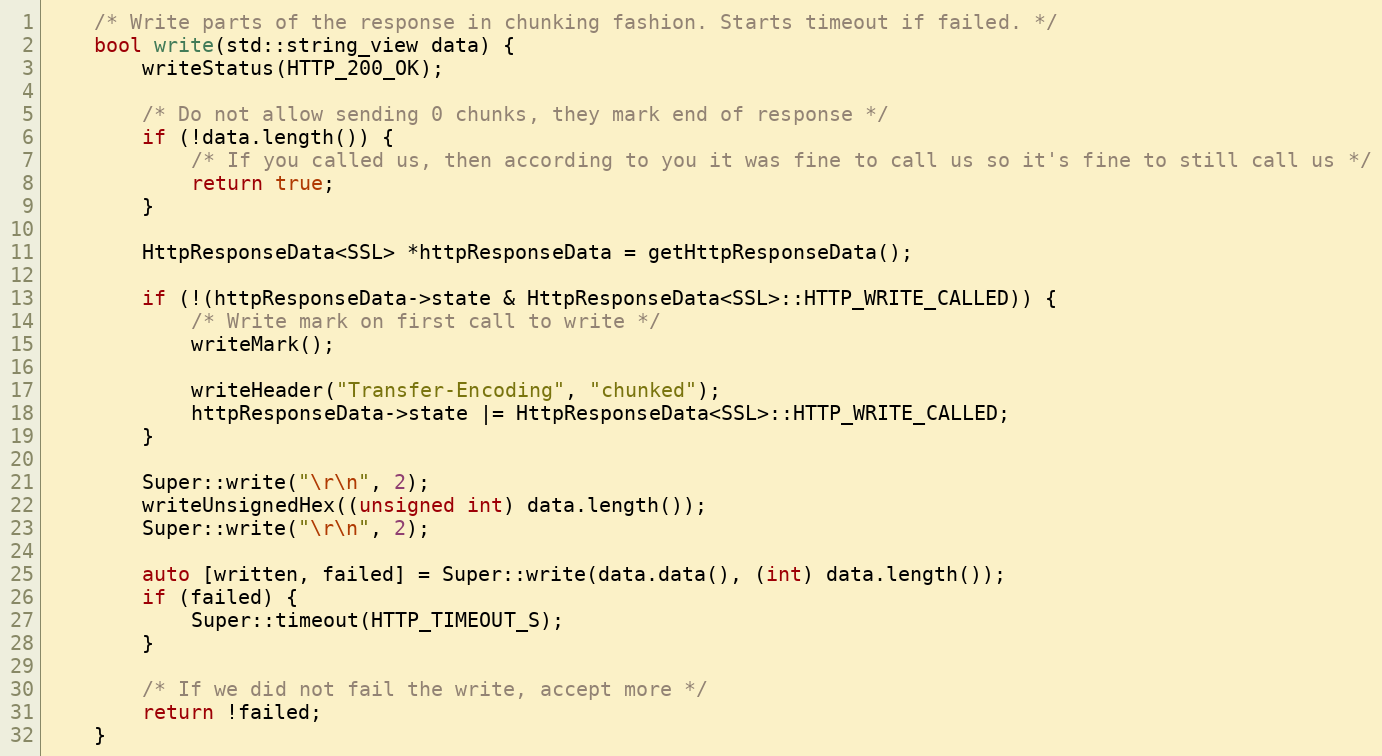
Language: C
    /* Write parts of the response in chunking fashion. Starts timeout if failed. */
    bool write(std::string_view data) {
        writeStatus(HTTP_200_OK);

        /* Do not allow sending 0 chunks, they mark end of response */
        if (!data.length()) {
            /* If you called us, then according to you it was fine to call us so it's fine to still call us */
            return true;
        }

        HttpResponseData<SSL> *httpResponseData = getHttpResponseData();

        if (!(httpResponseData->state & HttpResponseData<SSL>::HTTP_WRITE_CALLED)) {
            /* Write mark on first call to write */
            writeMark();

            writeHeader("Transfer-Encoding", "chunked");
            httpResponseData->state |= HttpResponseData<SSL>::HTTP_WRITE_CALLED;
        }

        Super::write("\r\n", 2);
        writeUnsignedHex((unsigned int) data.length());
        Super::write("\r\n", 2);

        auto [written, failed] = Super::write(data.data(), (int) data.length());
        if (failed) {
            Super::timeout(HTTP_TIMEOUT_S);
        }

        /* If we did not fail the write, accept more */
        return !failed;
    }